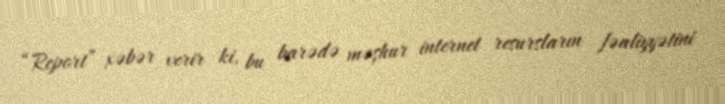
“Report” xəbər verir ki, bu barədə məşhur internet resursların fəaliyyətini